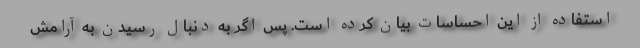
استفاده از این احساسات بیان کرده است. پس اگر به دنبال رسیدن به آرامش